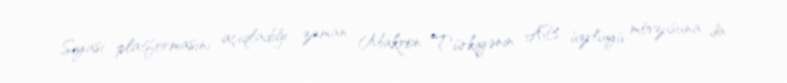
Siyasi platformasını açıqladığı zaman Makron Türkiyənin AB üzvlüyü mövzusuna da